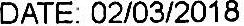
DATE: 02/03/2018